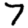
Digit: 7